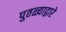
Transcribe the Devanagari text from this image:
पुतळ्याद्वारे